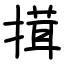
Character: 搑